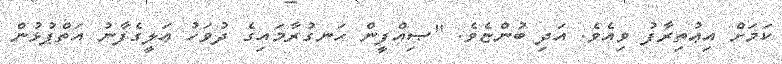
ކަމަށް އިޢުތިރާފު ވިއެވެ. އަދި ބުންޏެވެ. "ޞިއްފީން ހަނގުރާމައިގެ ދުވަހު ޢަލީގެފާނު އަތްޕުޅުން